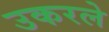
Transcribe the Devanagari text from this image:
उकरले